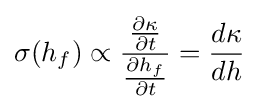
\sigma (h_{f})\propto {\frac {\frac {\partial \kappa }{\partial t}}{\frac {\partial h_{f}}{\partial t}}}={\frac {d\kappa }{dh}}